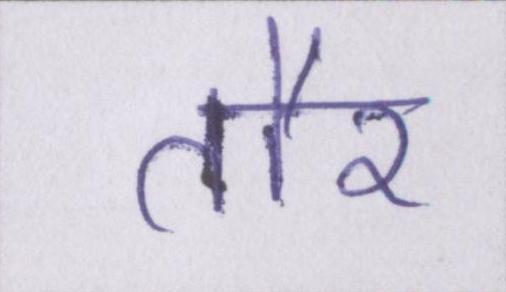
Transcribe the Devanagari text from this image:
तौर